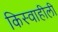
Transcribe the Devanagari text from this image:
किस्वाहीली